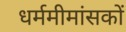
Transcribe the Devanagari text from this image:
धर्ममीमांसकों